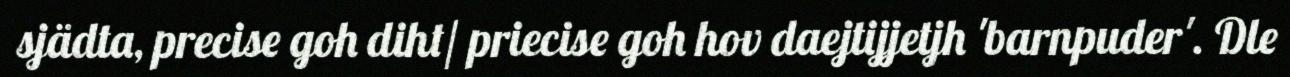
sjädta, precise goh diht/ priecise goh hov daejtijjetjh 'barnpuder'. Dle